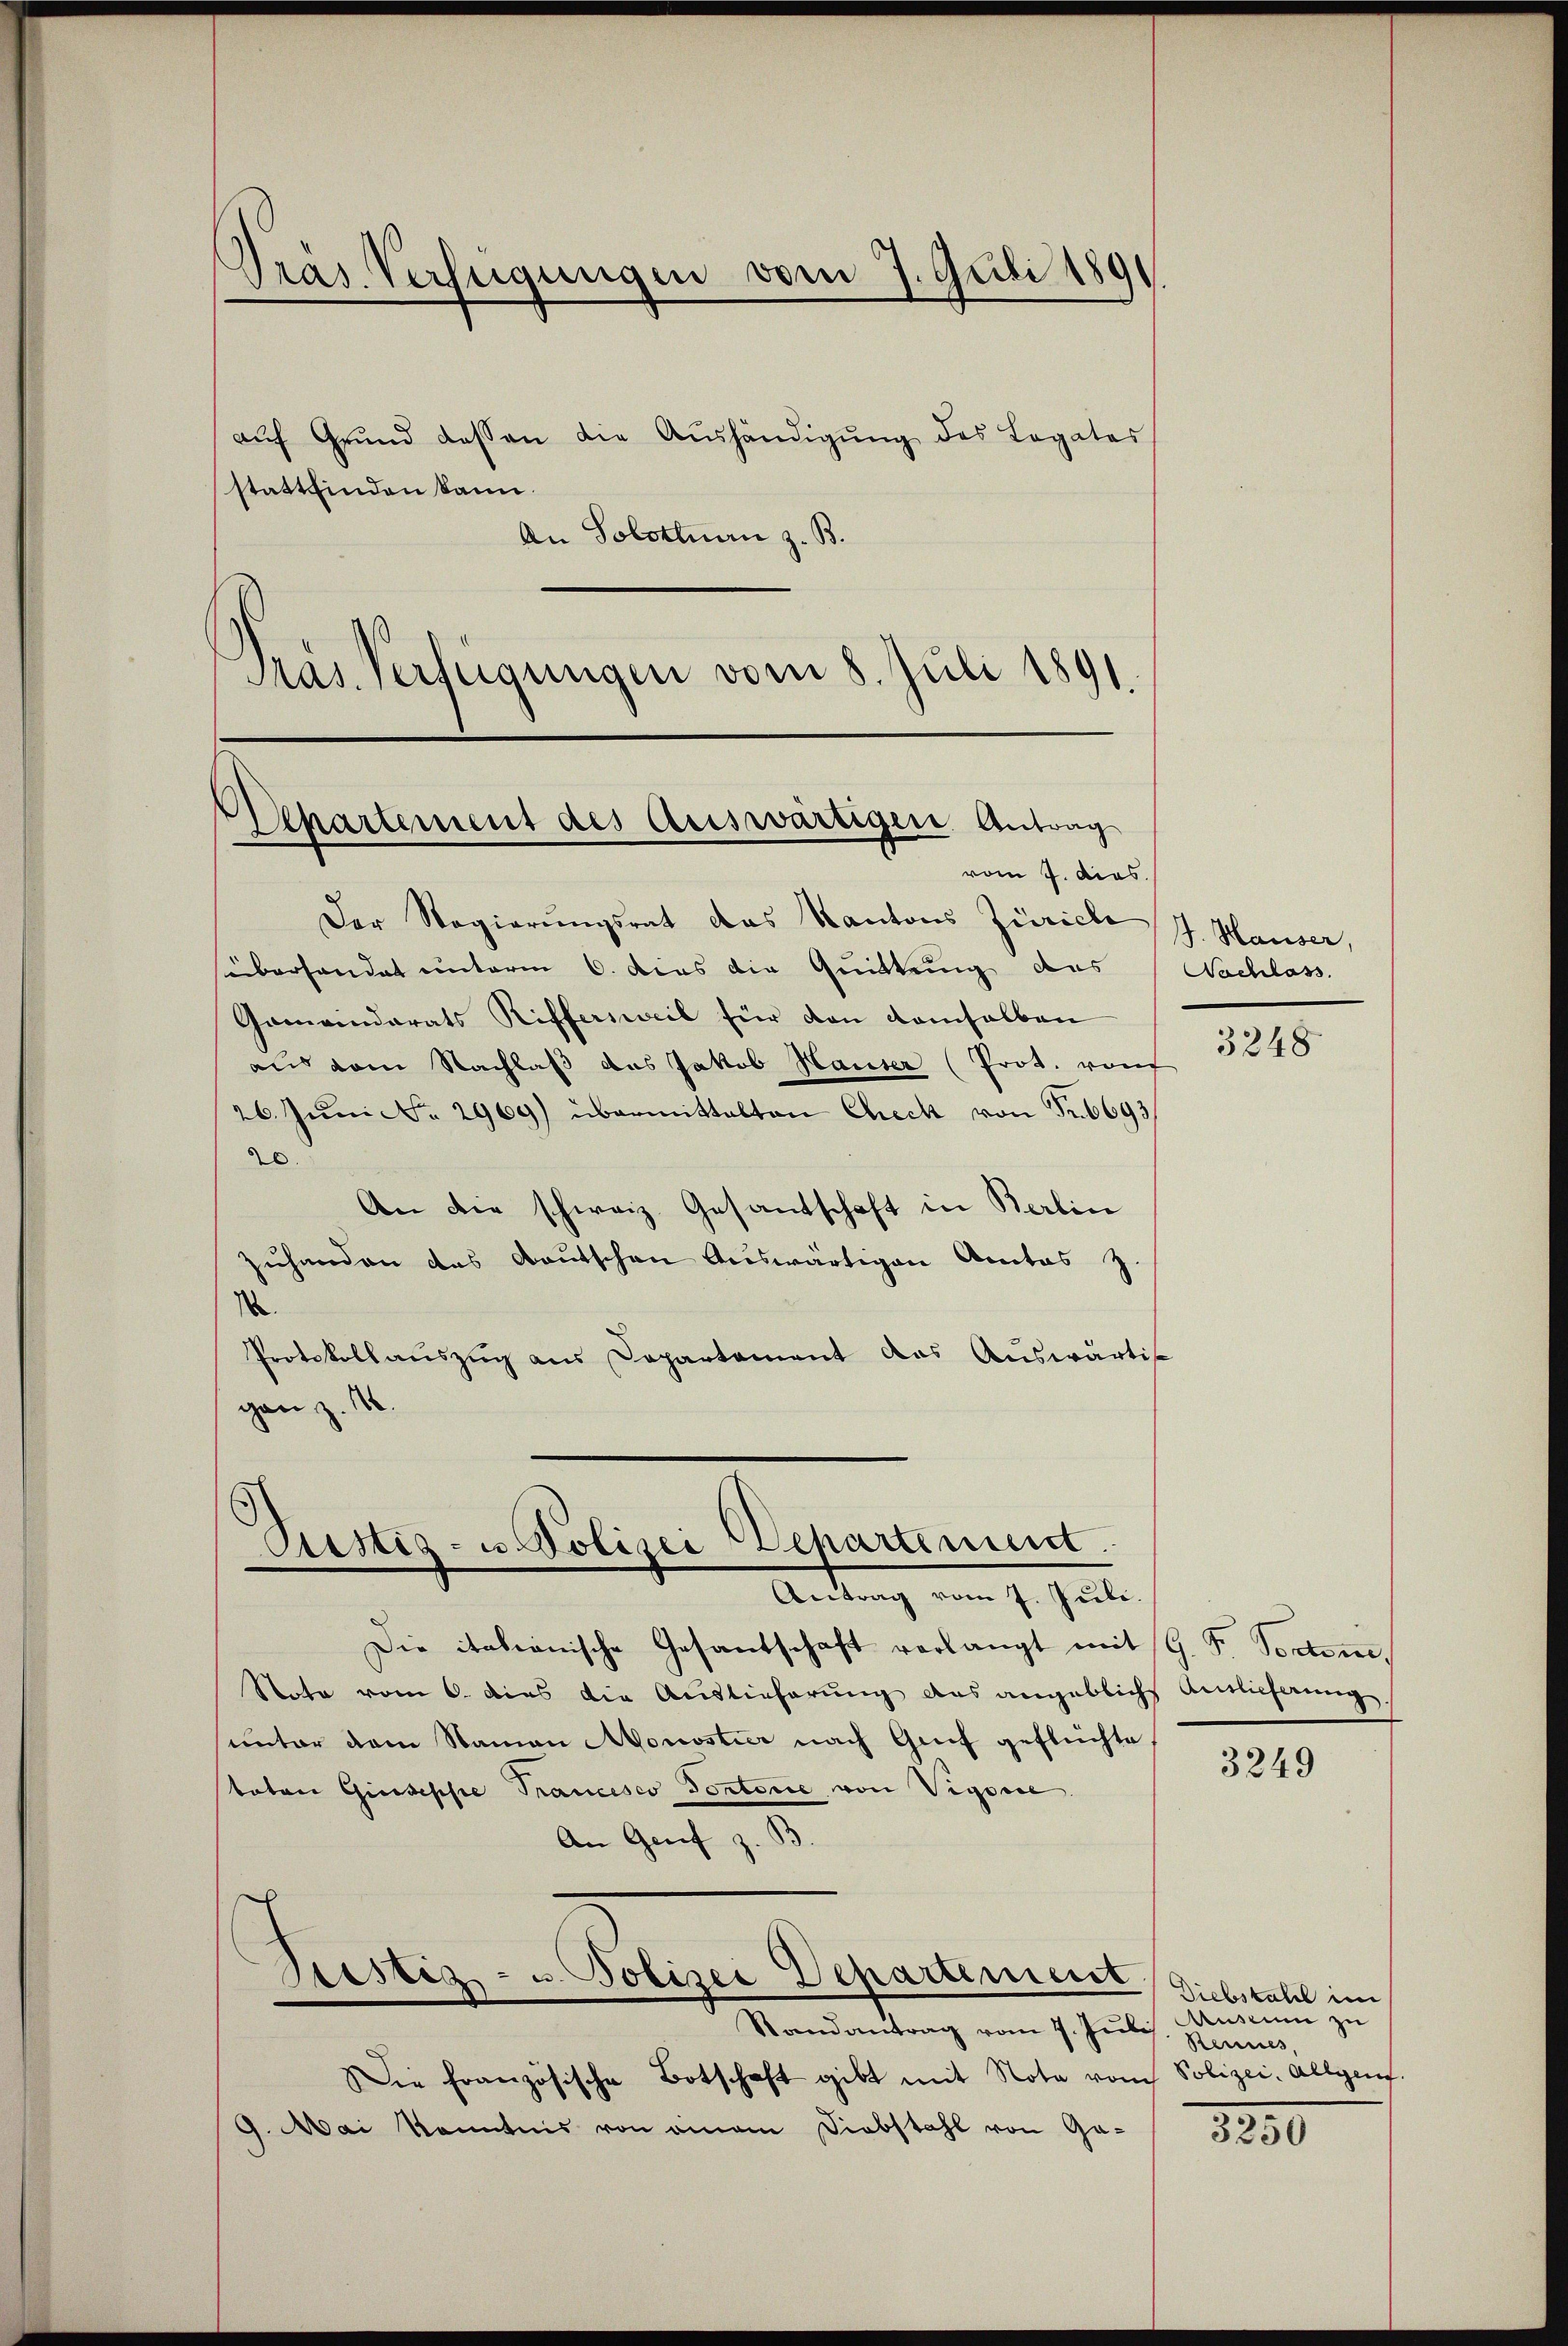
Dras Verfügungen vom 7. Juli 1891

Eepartement des Auswärtigen Antrag

Pustiz- u. Polizei Departement.

aŭf Grŭnd dessen die Aŭshändigŭng des Legates
stattfinden kann.
An Solothurn z. B.
Präs. Verfügungen vom 8. Juli 1891

vom 7. dies

Der Regierungsrat das Kantons Zürich
süberhandet unterm 6. dies die Quittung des Nachlass
Gemeindrats Riffersweil für den demselben
aus dem Nachlaβ das Jakob Hauser (Prot. von
26. Juni d. 2960) übermittalten Check von Fr. 6693
20.
An die schweiz. Gesandschaft in Berlin
zuhanden das Bautschen Auswärtigen Actas z.
.
Protokollauszug aus Departament das Auswärtig
gan z. 16.

Antrag vom 7. Juli.
Die itabianische Gesandschaft verlangt mit G. P. Torten,
Note vom 6. dies die Auslieferŭng des angeblich Amtlicherŭng
unter dem Namen Monostier nach Grif geflüchte
toten Giuseppe Trancesco Portorie von Vigorie
An Genf z. B.
u. Polizei Departement.
Justiz.
Randantrag vom 7. Juli
Die französische Botschaft gibt mit Nota vom
9. Mai Kenntnis von einem Diebstahl von Ga-

J. Hauser,

3248

3249

Diebstahel im
Ausium zu
Rennes,
Polizei, Allgen.

3550